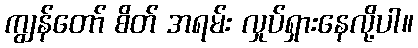
ကျွန်တော် စိတ် အရမ်း လှုပ်ရှားနေလို့ပါ။